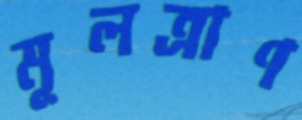
মূলত্রাণ